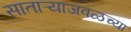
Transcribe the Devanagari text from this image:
साताऱ्याजवळच्या